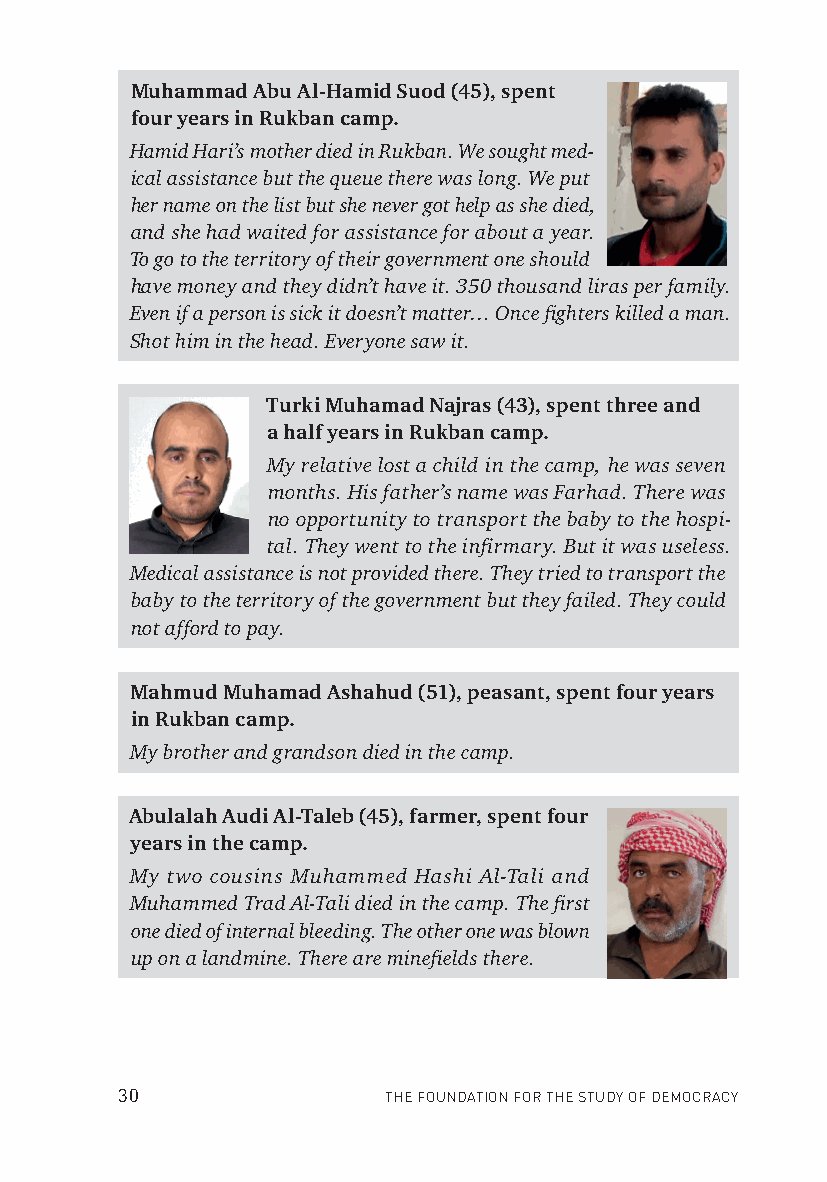
Muhammad Abu Al-Hamid Suod (45), spent
 four years in Rukban camp.
 Hamid Hari’s mother died in Rukban. We sought med-
 ical assistance but the queue there was long. We put
 her name on the list but she never got help as she died,
 and she had waited for assistance for about a year.
 To go to the territory of their government one should
 have money and they didn’t have it. 350 thousand liras per family.
 Even if a person is sick it doesn’t matter… Once fi ghters killed a man.
 Shot him in the head. Everyone saw it.
 Turki Muhamad Najras (43), spent three and
 a half years in Rukban camp.
 My relative lost a child in the camp, he was seven
 months. His father’s name was Farhad. There was
 no opportunity to transport the baby to the hospi-
 tal. They went to the infi rmary. But it was useless.
 Medical assistance is not provided there. They tried to transport the
 baby to the territory of the government but they failed. They could
 not afford to pay.
 Mahmud Muhamad Ashahud (51), peasant, spent four years
 in Rukban camp.
 My brother and grandson died in the camp.
 Abulalah Audi Al-Taleb (45), farmer, spent four
 years in the camp.
 My two cousins Muhammed Hashi Al-Tali and
 Muhammed Trad Al-Tali died in the camp. The fi rst
 one died of internal bleeding. The other one was blown
 up on a landmine. There are minefi elds there.
 30               THE FOUNDATION FOR THE STUDY OF DEMOCRACY